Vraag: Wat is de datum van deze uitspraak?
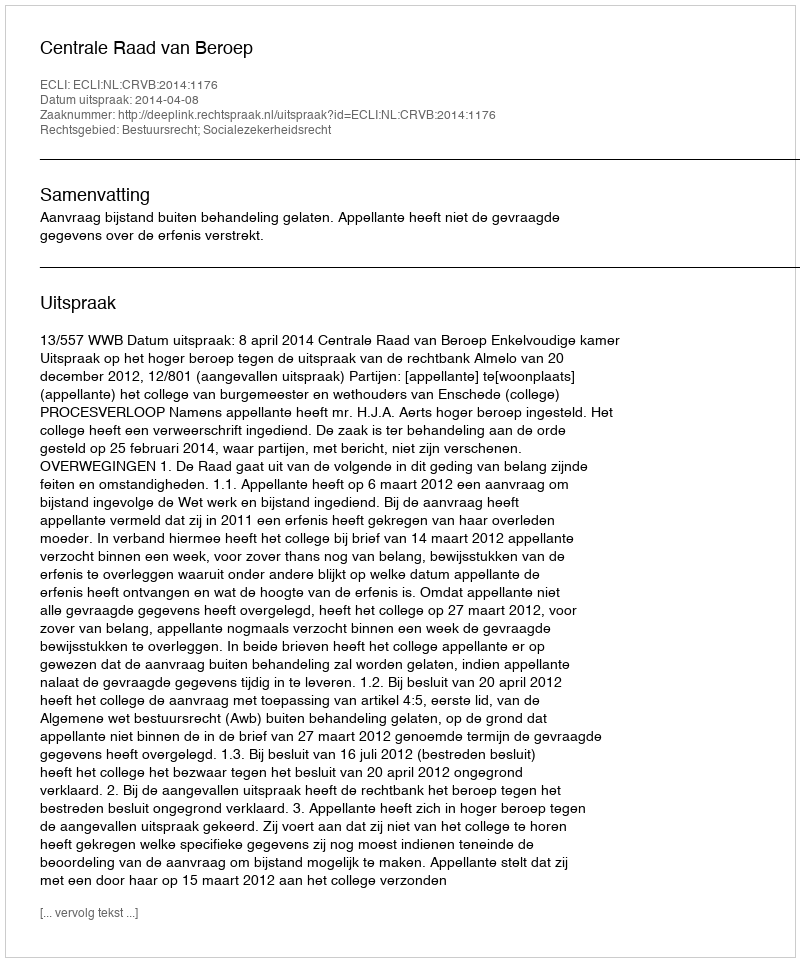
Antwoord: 2014-04-08